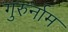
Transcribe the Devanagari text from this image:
गुरुर्नाम